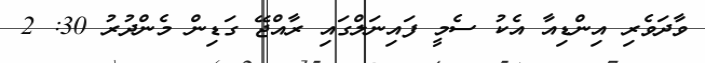
ވާދަވެރި އިންޑިއާ އެކު ސެމީ ފައިނަލްގައި ރާއްޖޭ ގަޑިން މެންދުރު 30: 2